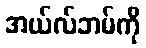
အယ်လ်ဘမ်ကို